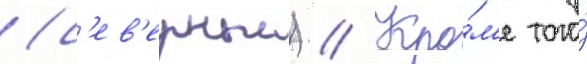
(с'ев'ерныи) // Кро́м'е того́